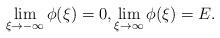
LaTeX: \begin{align*}\lim_{\xi\to -\infty}\phi (\xi)=0, \lim_{\xi\to \infty}\phi (\xi)=E.\end{align*}